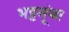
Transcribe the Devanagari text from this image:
भट्टसूंथा